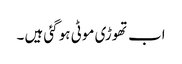
اب تھوڑی موٹی ہو گئی ہیں ۔